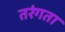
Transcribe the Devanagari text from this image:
तरंगता